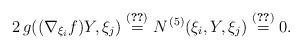
LaTeX: \begin{align*} 2\,g((\nabla_{\xi_i}{f})Y,\xi_j) \overset{\eqref{3.1AA}}= N^{\,(5)}(\xi_i,Y,\xi_j) \overset{\eqref{KK}}=0 .\end{align*}